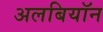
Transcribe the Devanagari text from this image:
अलबियॉन